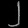
Digit: ၂